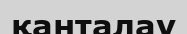
қанталау